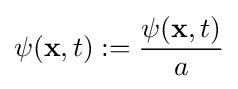
\psi (\mathbf {x} ,t):={\frac {\psi (\mathbf {x} ,t)}{a}}